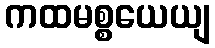
ကထမစ္စယေယျ